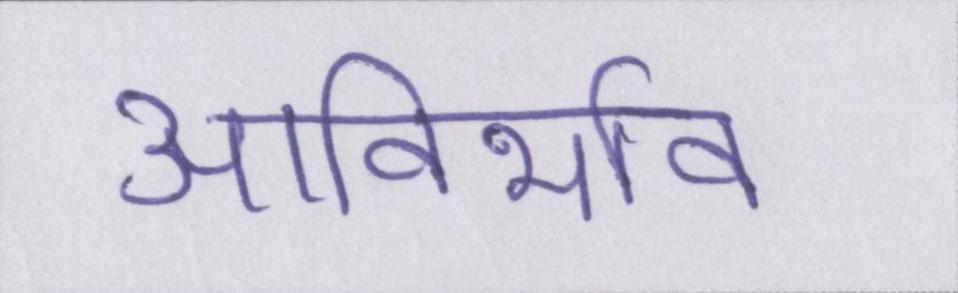
आविर्भाव